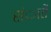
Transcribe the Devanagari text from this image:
संातें